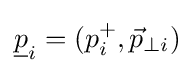
{\underline {p}}_{i}=(p_{i}^{+},{\vec {p}}_{\perp i})